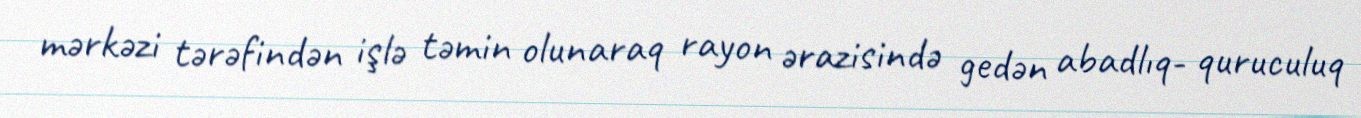
mərkəzi tərəfindən işlə təmin olunaraq rayon ərazisində gedən abadlıq- quruculuq